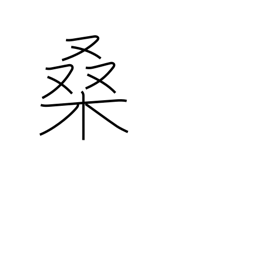
Meaning: mulberry